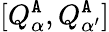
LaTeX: [Q_{\alpha}^{\tt A},Q_{\alpha^{\prime}}^{\tt A}]